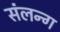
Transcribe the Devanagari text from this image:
संलन्ग